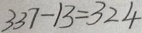
3 3 7 - 1 3 = 3 2 4